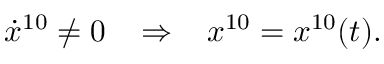
\dot { x } ^ { 1 0 } \neq 0 \; \; \; \Rightarrow \; \; \; x ^ { 1 0 } = x ^ { 1 0 } ( t ) .